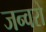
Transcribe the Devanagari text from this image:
जन्वरो